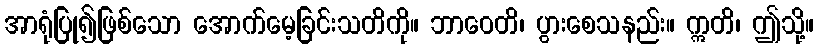
အာရုံပြု၍ဖြစ်သော အောက်မေ့ခြင်းသတိကို။ ဘာဝေတိ၊ ပွားစေသနည်း။ ဣတိ၊ ဤသို့။